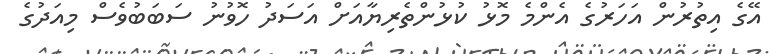
އޭގެ އިތުރުން އަހަރުގެ އެންމެ މޮޅު ކުޅުންތެރިޔާއަށް އަސަދު ހޮވުނު ސަބަބުވެސް މިއަދުގެ